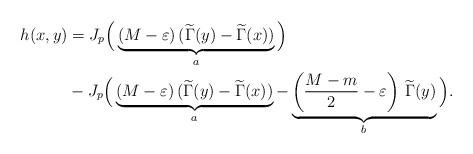
LaTeX: \begin{align*}h(x, y)&=J_p\Big(\underbrace{(M-\varepsilon)\,(\widetilde\Gamma(y)-\widetilde\Gamma(x))}_a\Big)\\&-J_p\Big(\underbrace{(M-\varepsilon)\,(\widetilde\Gamma(y)-\widetilde\Gamma(x))}_a-\underbrace{\left(\frac{M-m}{2}-\varepsilon\right)\,\widetilde\Gamma(y)}_b\Big).\end{align*}